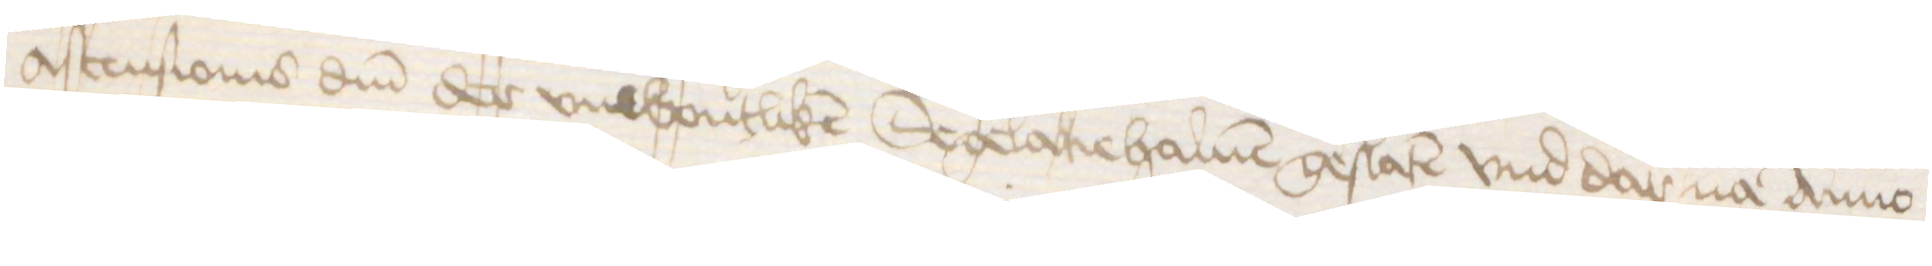
Ascensionis domini der vnwontliken Segelacie haluen geslaten vnd dar na Anno